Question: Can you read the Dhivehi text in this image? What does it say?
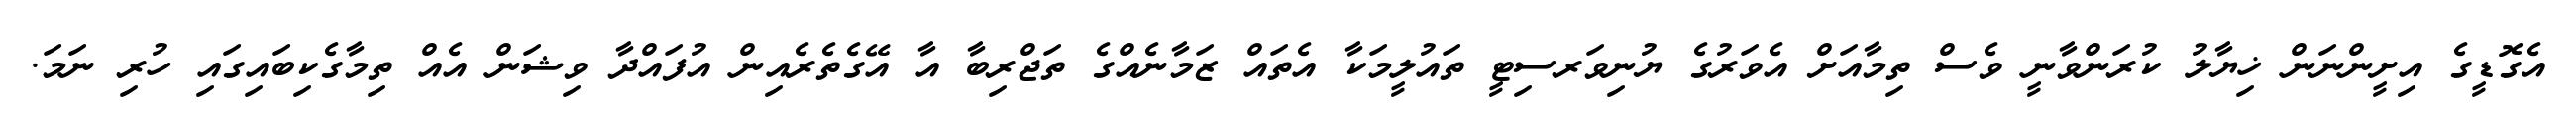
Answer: އެގޮޑީގެ އިށީންނަން ޚިޔާލު ކުރަންވާނީ ވެސް ތިމާއަށް އެވަރުގެ ޔުނިވަރސިޓީ ތައުލީމަކާ އެތައް ޒަމާނެއްގެ ތަޖްރިބާ އާ އޭގެތެރެއިން އުފައްދާ ވިޝަން އެއް ތިމާގެކިބައިގައި ހުރި ނަމަ.